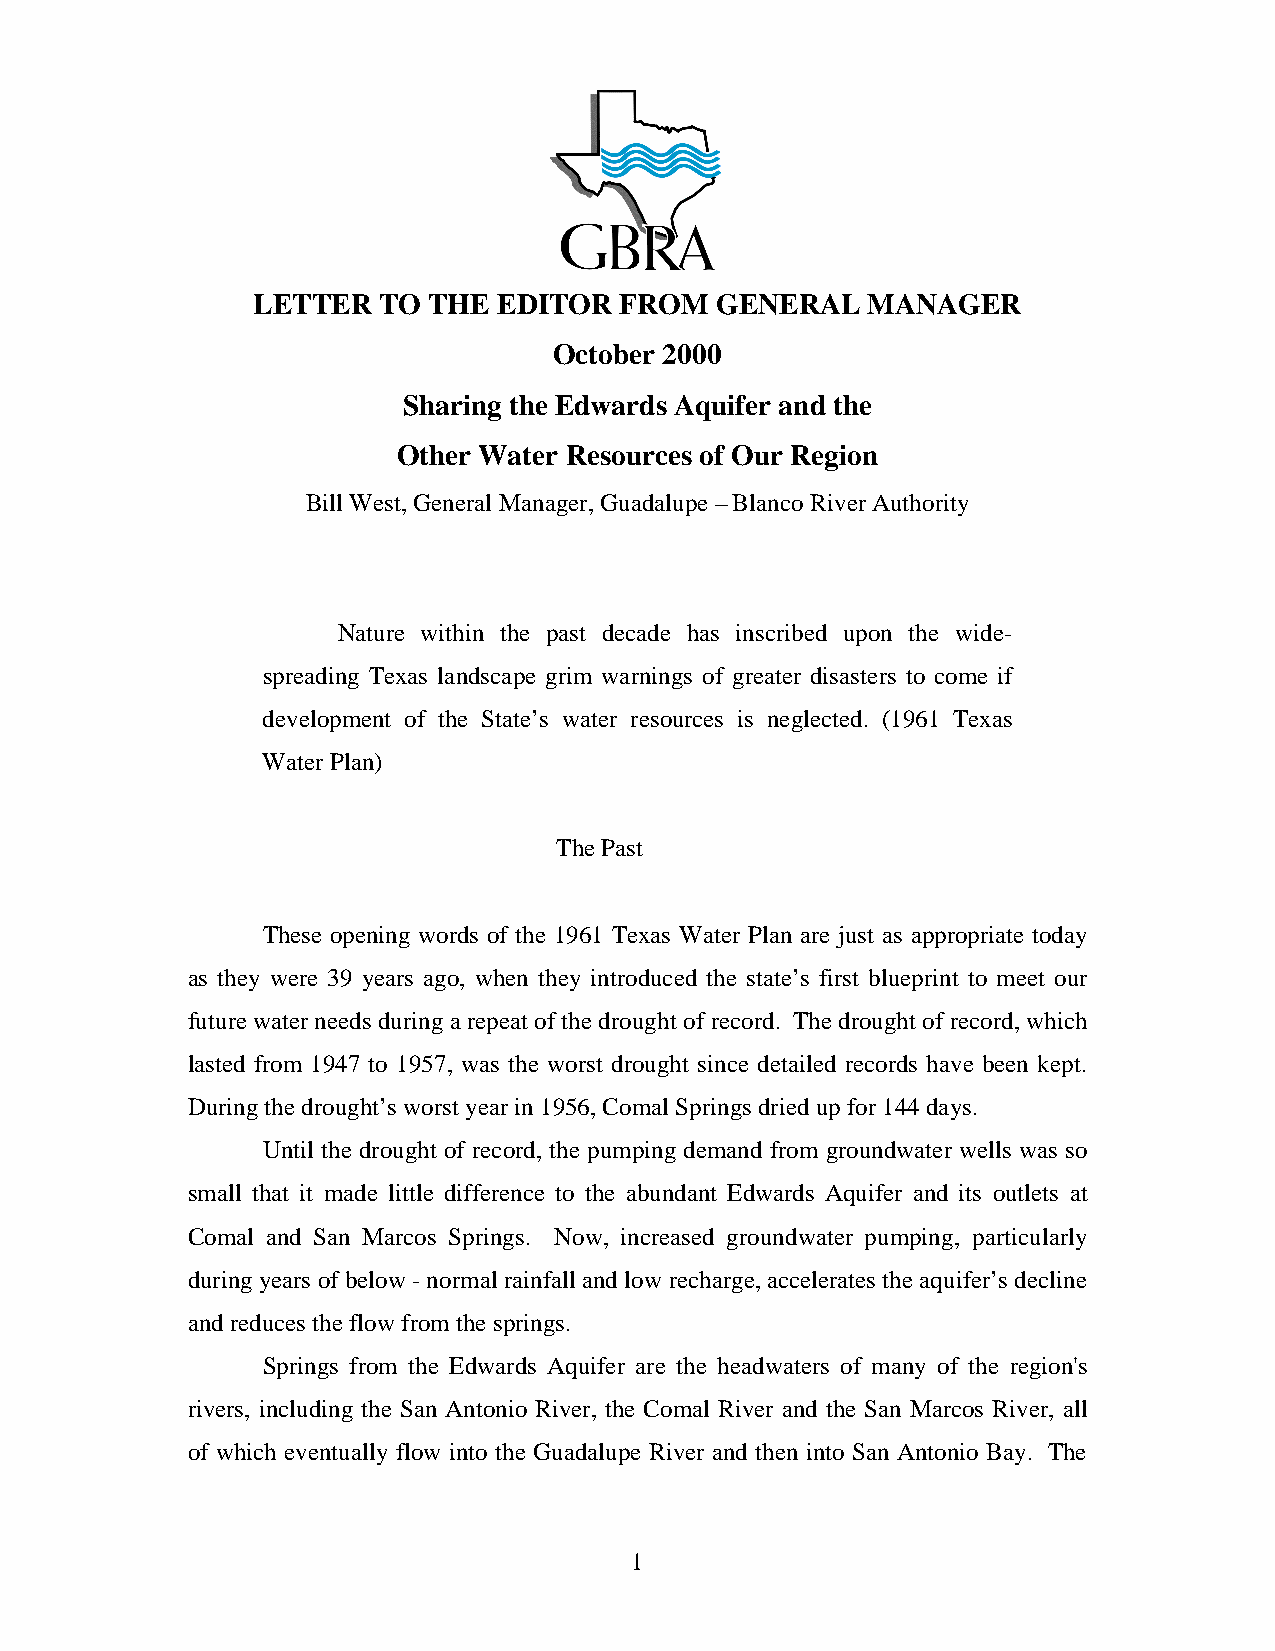
LETTER  TO THE  EDITOR  FROM  GENERAL   MANAGER
 October 2000
 Sharing the Edwards Aquifer and the
 Other Water Resources of Our Region
 Bill West, General Manager, Guadalupe – Blanco River Authority
 Nature within the past decade has inscribed upon the wide-
 spreading Texas landscape grim warnings of greater disasters to come if
 development of the State’s water resources is neglected. (1961 Texas
 Water Plan)
 The Past
 These opening words of the 1961 Texas Water Plan are just as appropriate today
 as they were 39 years ago, when they introduced the state’s first blueprint to meet our
 future water needs during a repeat of the drought of record. The drought of record, which
 lasted from 1947 to 1957, was the worst drought since detailed records have been kept.
 During the drought’s worst year in 1956, Comal Springs dried up for 144 days.
 Until the drought of record, the pumping demand from groundwater wells was so
 small that it made little difference to the abundant Edwards Aquifer and its outlets at
 Comal and San Marcos Springs. Now, increased groundwater pumping, particularly
 during years of below - normal rainfall and low recharge, accelerates the aquifer’s decline
 and reduces the flow from the springs.
 Springs from the Edwards Aquifer are the headwaters of many of the region's
 rivers, including the San Antonio River, the Comal River and the San Marcos River, all
 of which eventually flow into the Guadalupe River and then into San Antonio Bay. The
 1